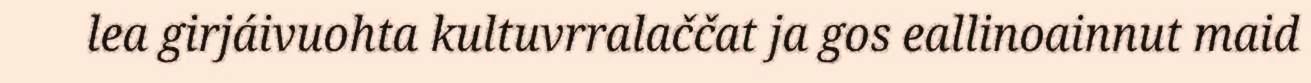
lea girjáivuohta kultuvrralaččat ja gos eallinoainnut maid